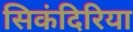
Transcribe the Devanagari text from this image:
सिकंदिरिया